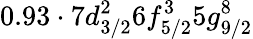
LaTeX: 0.93\cdot 7d_{3/2}^{2}6f_{5/2}^{3}5g_{9/2}^{8}